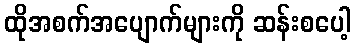
ထိုအစက်အပျောက်များကို ဆန်းစပေါ့